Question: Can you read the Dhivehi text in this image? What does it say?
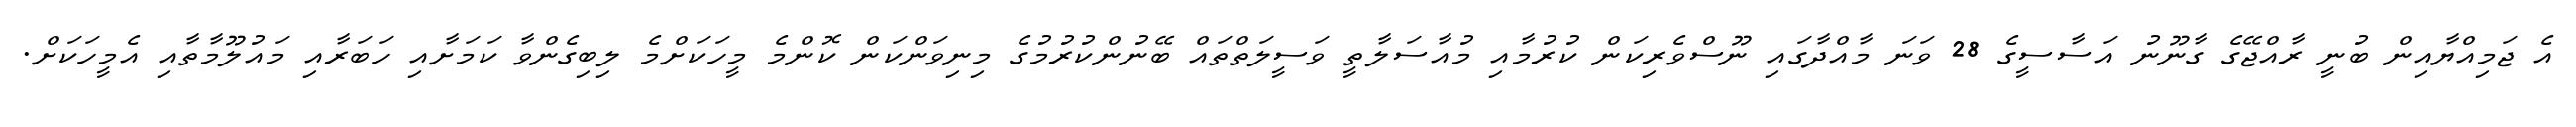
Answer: އެ ޖަމިއްޔާއިން ބުނީ ރާއްޖޭގެ ގާނޫނު އަސާސީގެ 28 ވަނަ މާއްދާގައި ނޫސްވެރިކަން ކުރުމާއި މުއާސަލާތީ ވަސީލަތްތައް ބޭނުންކުރުމުގެ މިނިވަންކަން ކޮންމެ މީހަކަށްމެ ލިބިގެންވާ ކަމަށާއި ހަބަރާއި މައުލޫމާތާއި އެމީހަކަށް.